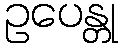
ဥပေန္တု